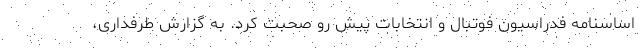
اساسنامه فدراسیون فوتبال و انتخابات پیش رو صحبت کرد. به گزارش طرفداری،